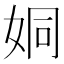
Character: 姛